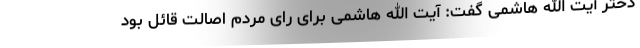
دختر آیت الله هاشمی گفت: آیت الله هاشمی برای رای مردم اصالت قائل بود